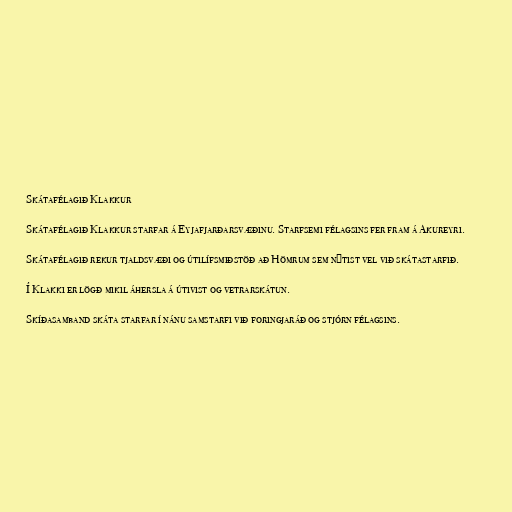
Skátafélagið Klakkur

Skátafélagið Klakkur starfar á Eyjafjarðarsvæðinu. Starfsemi félagsins fer fram á Akureyri.

Skátafélagið rekur tjaldsvæði og útilífsmiðstöð að Hömrum sem nýtist vel við skátastarfið.

Í Klakki er lögð mikil áhersla á útivist og vetrarskátun.

Skíðasamband skáta starfar í nánu samstarfi við foringjaráð og stjórn félagsins.